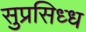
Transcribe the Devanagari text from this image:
सुप्रसिध्‍ध